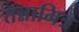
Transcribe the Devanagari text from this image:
तन्नामित्र